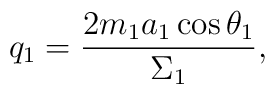
q_1 = \frac {2m_1 a_1 \cos \theta _1}{\Sigma _1},